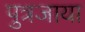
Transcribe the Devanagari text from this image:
पुत्रजाया